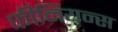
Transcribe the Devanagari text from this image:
फीनियन्स